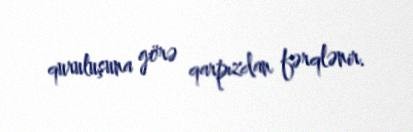
quruluşuna görə qarpızdan fərqlənir.